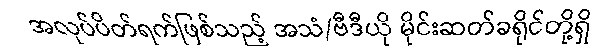
အလုပ်ပိတ်ရက်ဖြစ်သည့် အသံ/ဗီဒီယို မိုင်းဆတ်ခရိုင်တို့ရှိ